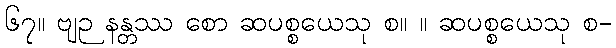
၆၇။ ဗျဉ နန္တဿ စော ဆပစ္စယေသု စ။ ။ ဆပစ္စယေသု စ-